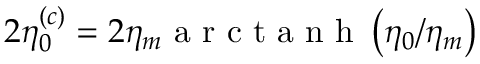
2 \eta _ { 0 } ^ { ( c ) } = 2 \eta _ { m } \mathrm { ~ a ~ r ~ c ~ t ~ a ~ n ~ h ~ } \left( \eta _ { 0 } / \eta _ { m } \right)